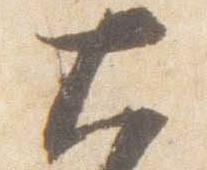
大